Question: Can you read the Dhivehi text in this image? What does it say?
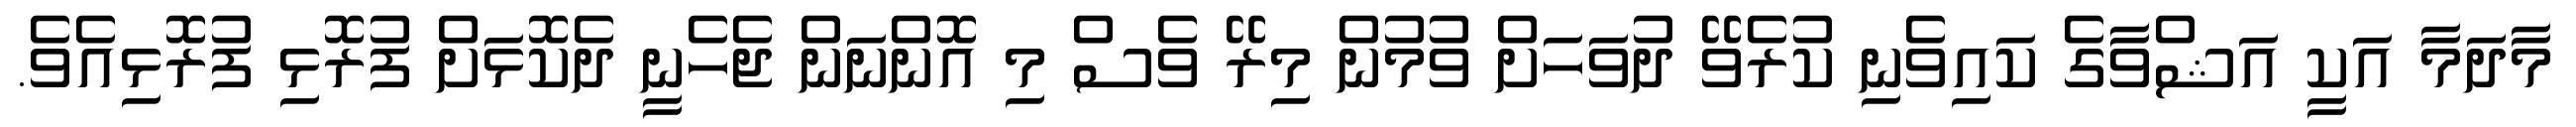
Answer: މާދަމާ އަކީ އަޝްވާގެ ކައިވެނި ކުރެވޭ ދުވަހަށް ވުމުން މިރޭ ވެސް މި އޮންނަން ޖެހެނީ ދެކޮޅަށް ފުރޮޅި ފުރޮޅިއެވެ.